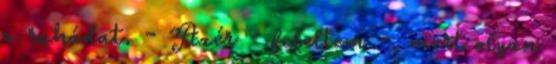
a ruhádat. - Azér - feleltem -, mert olyan